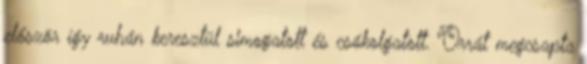
először így ruhán keresztül simogatott és csókolgatott. Orrát megcsapta